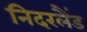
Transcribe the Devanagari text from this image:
निदरलैंड